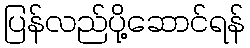
ပြန်လည်ပို့ဆောင်ရန်